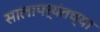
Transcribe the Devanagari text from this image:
सालापर्यंतच्या